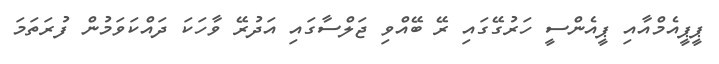
ޕީޕީއެމްއާއި ޕީއެންސީ ހަރުގޭގައި ރޭ ބޭއްވި ޖަލްސާގައި އަދުރޭ ވާހަކަ ދައްކަވަމުން ފުރަތަމަ